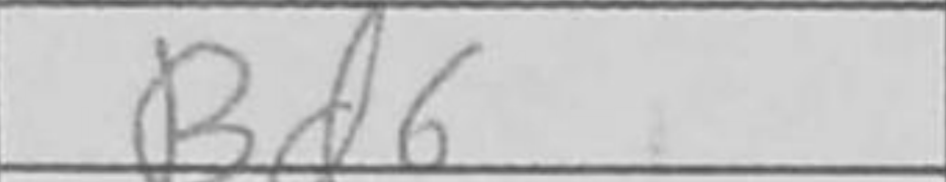
Transcription: Bd6